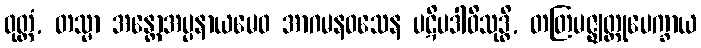
ဝုတ္တံ, တသ္မာ အန္တောအပ္ပနာယမေဝ အာဂမနဝသေန ပဋိပဒါဝိသုဒ္ဓိ, တတြမဇ္ဈတ္တုပေက္ခာယ